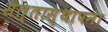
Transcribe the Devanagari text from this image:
सत्तास्थापना